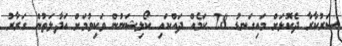
ސަރުކާރާ ދެކޮޅަށް މައިގަނޑު 28 ކަމެއް ދައްކައި ކޯލިޝަނުން ވަކިވުމަށް އަދާލަތުން ގަރާރު